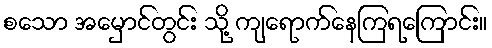
စသော အမှောင်တွင်း သို့ ကျရောက်နေကြရကြောင်း။